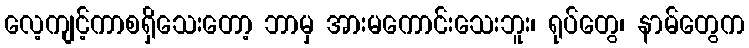
လေ့ကျင့်ကာစရှိသေးတော့ ဘာမှ အားမကောင်းသေးဘူး၊ ရုပ်တွေ၊ နာမ်တွေက